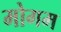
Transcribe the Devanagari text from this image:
मोगम